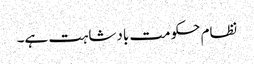
نظام حکومت بادشاہت ہے۔